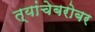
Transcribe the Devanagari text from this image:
त्यांचेबरोबर